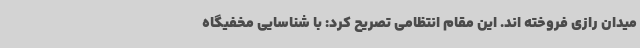
میدان رازی فروخته اند. این مقام انتظامی تصریح کرد: با شناسایی مخفیگاه